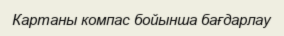
Картаны компас бойынша бағдарлау